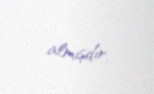
almışdır.